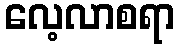
လေ့လာစရာ